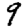
Digit: 9